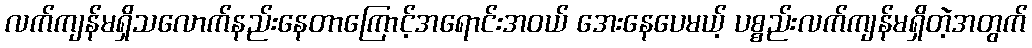
လက်ကျန်မရှိသလောက်နည်းနေတာကြောင့်အရောင်းအဝယ် အေးနေပေမယ့် ပစ္စည်းလက်ကျန်မရှိတဲ့အတွက်